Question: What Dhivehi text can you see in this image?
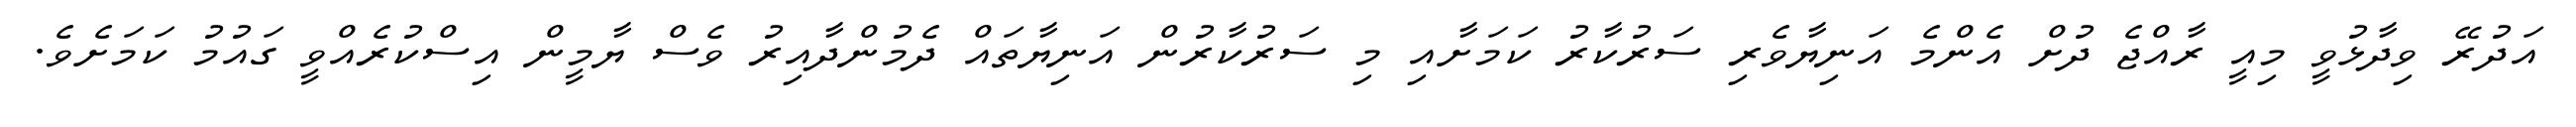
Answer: އަދުރޭ ވިދާޅުވީ މިއީ ރާއްޖެ ދުށް އެންމެ އަނިޔާވެރި ސަރުކާރު ކަމަށާއި މި ސަރުކާރުން އަނިޔާތައް ދެމުންދާއިރު ވެސް ޔާމީން އިސްކުރެއްވީ ގައުމު ކަމަށެވެ.